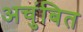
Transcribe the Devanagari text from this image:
अचुंबित